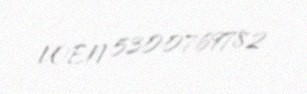
VOEN 5300769782